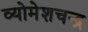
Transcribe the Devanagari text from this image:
व्योमेशचन्द्र